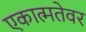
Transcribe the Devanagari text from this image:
एकात्मतेवर